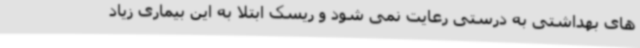
های بهداشتی به درستی رعایت نمی شود و ریسک ابتلا به این بیماری زیاد